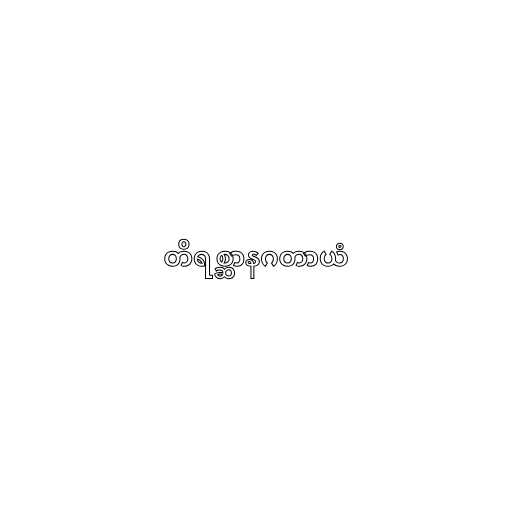
တိရစ္ဆာနဂတာယံ